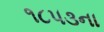
૧૮૫૩ના